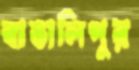
বাঙালিপুর